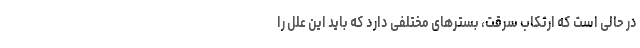
در حالی است که ارتکاب سرقت، بسترهای مختلفی دارد که باید این علل را